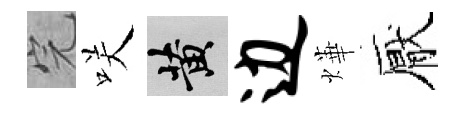
完咲黄边燁厭